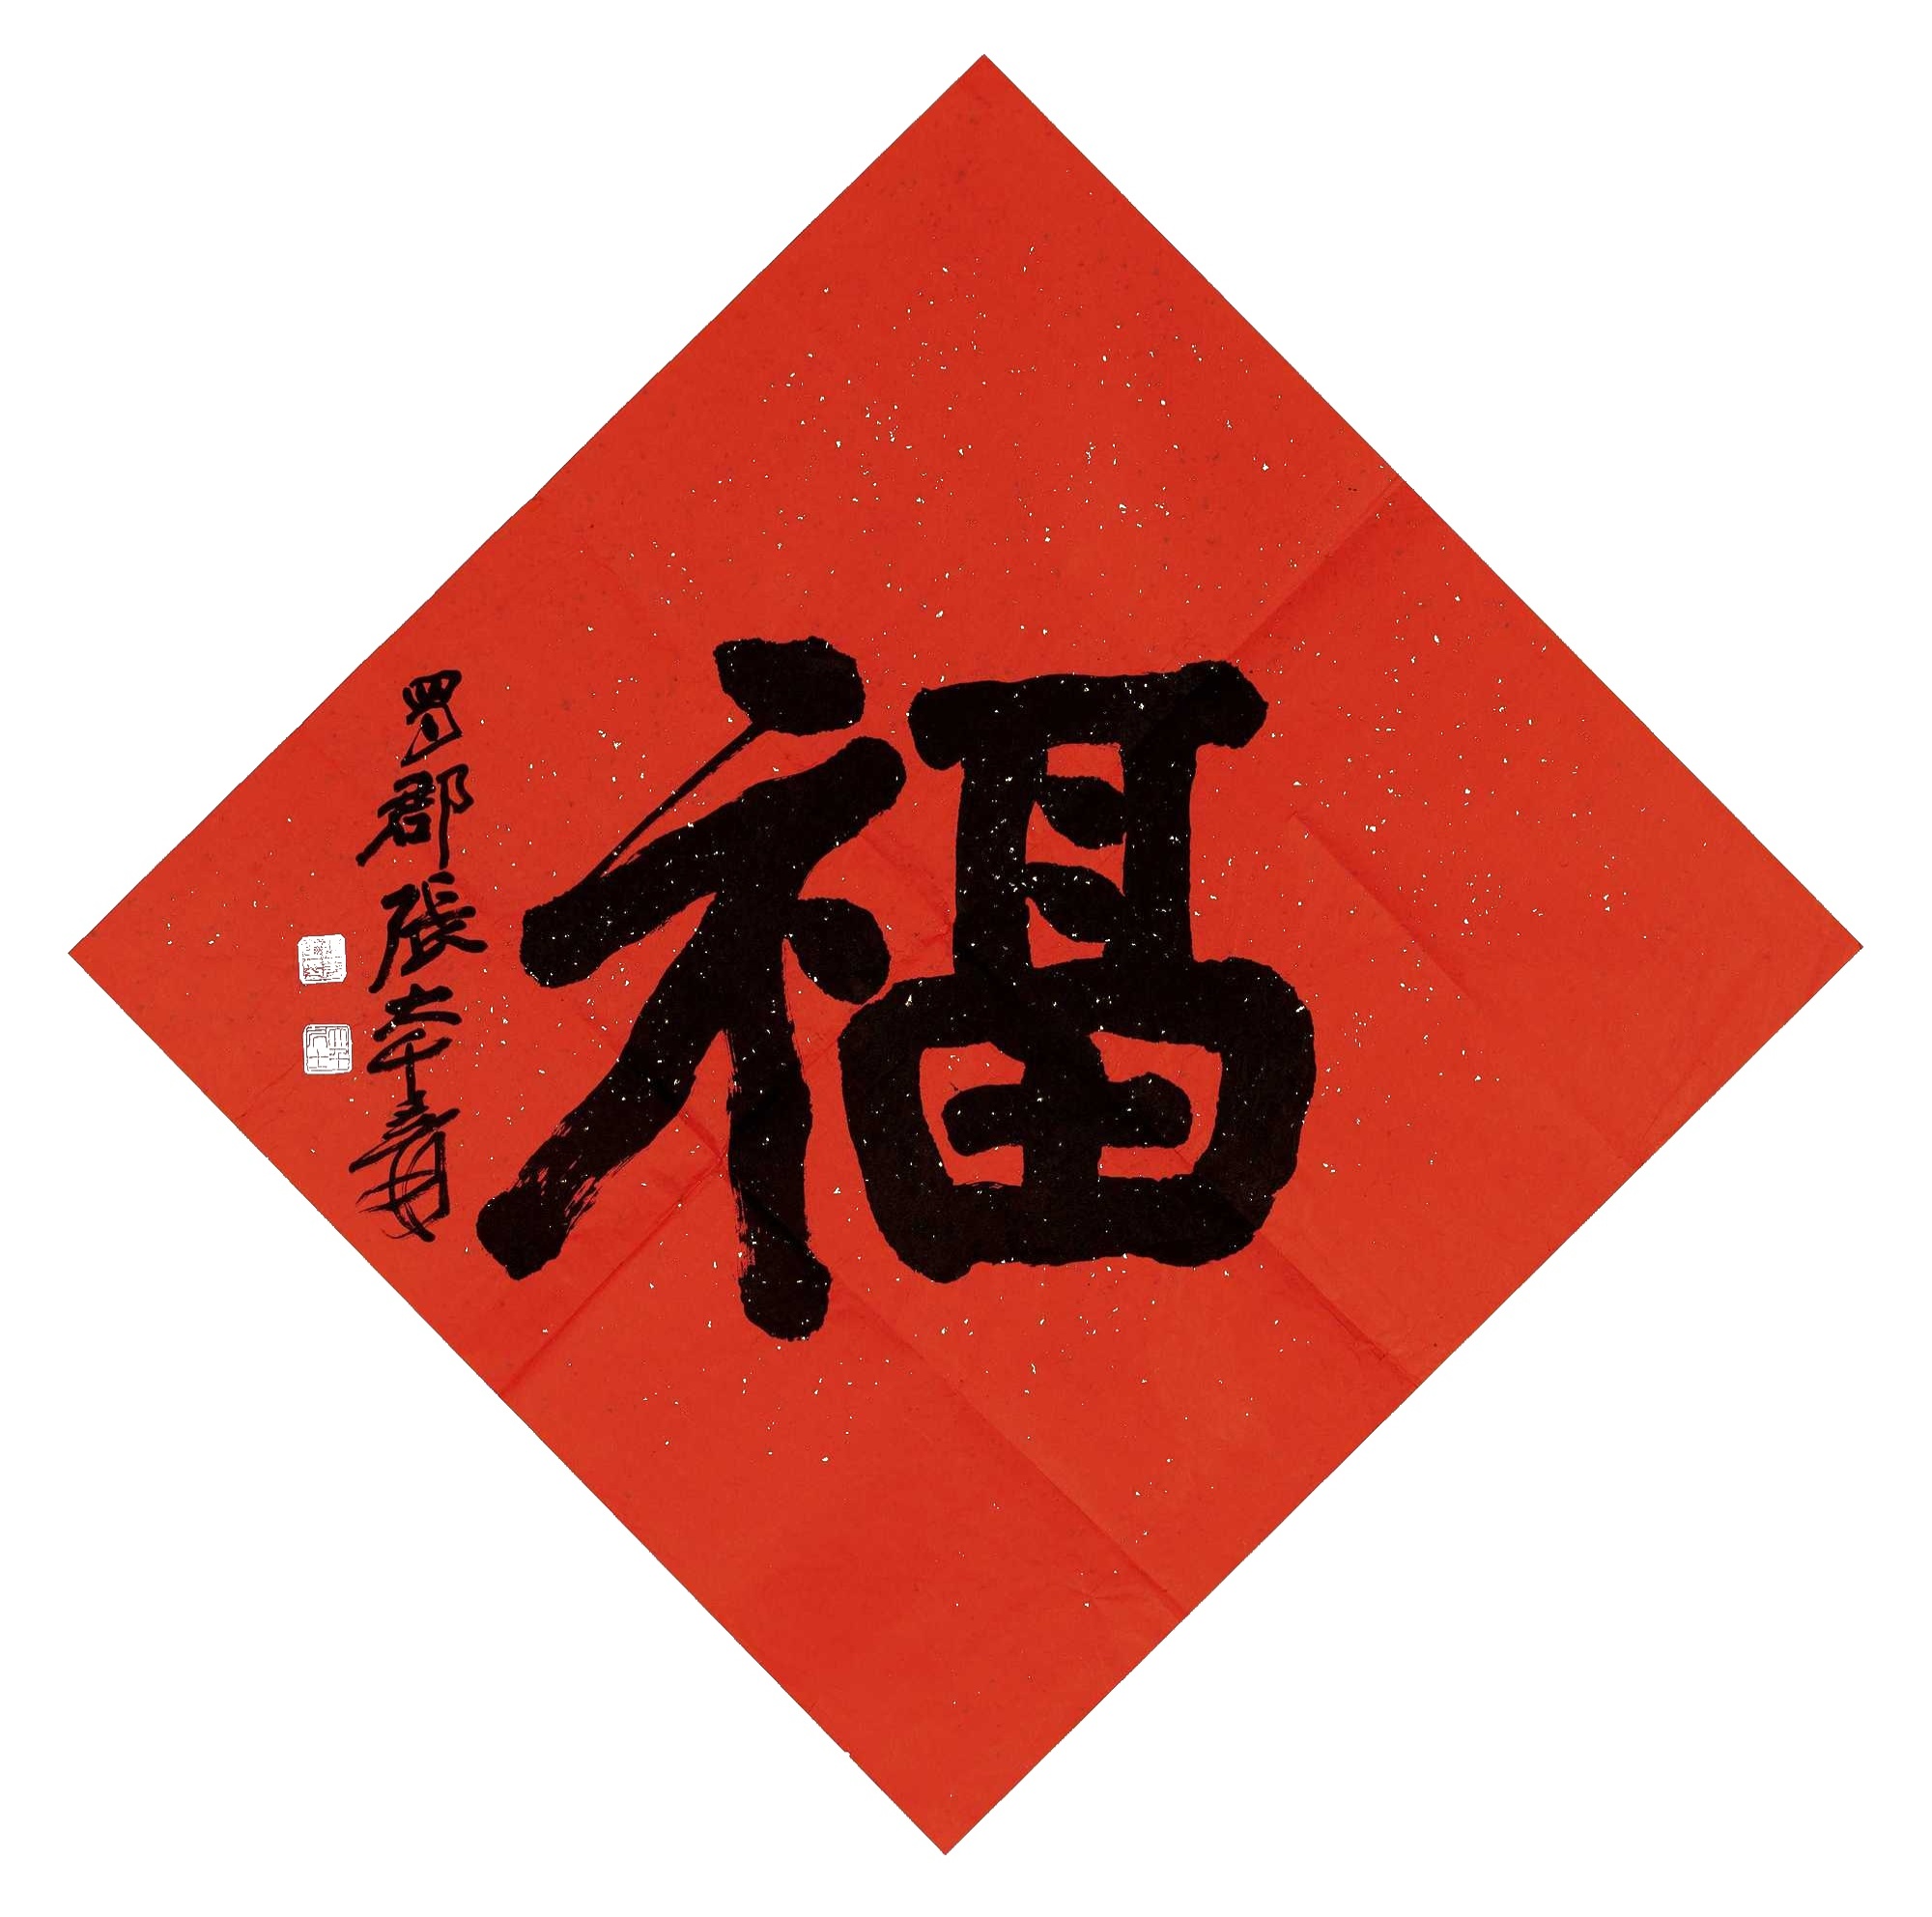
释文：福蜀郡张大千爰。